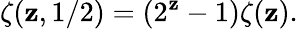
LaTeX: \zeta(\mathbf{z},1/2)=(2^{\mathbf{z}}-1)\zeta(\mathbf{z}).